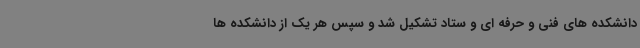
دانشکده های فنی و حرفه ای و ستاد تشکیل شد و سپس هر یک از دانشکده ها